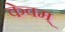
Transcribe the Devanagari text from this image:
केवम्